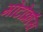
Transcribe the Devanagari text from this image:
मोटोक्राॅस